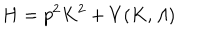
LaTeX: H = p ^ { 2 } K ^ { 2 } + V ( K , { \mit \Lambda } )